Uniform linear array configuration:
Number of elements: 48
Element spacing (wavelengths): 0.75
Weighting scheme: kaiser
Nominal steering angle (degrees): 0
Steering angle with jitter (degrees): -0.131
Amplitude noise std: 0.05
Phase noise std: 0.05

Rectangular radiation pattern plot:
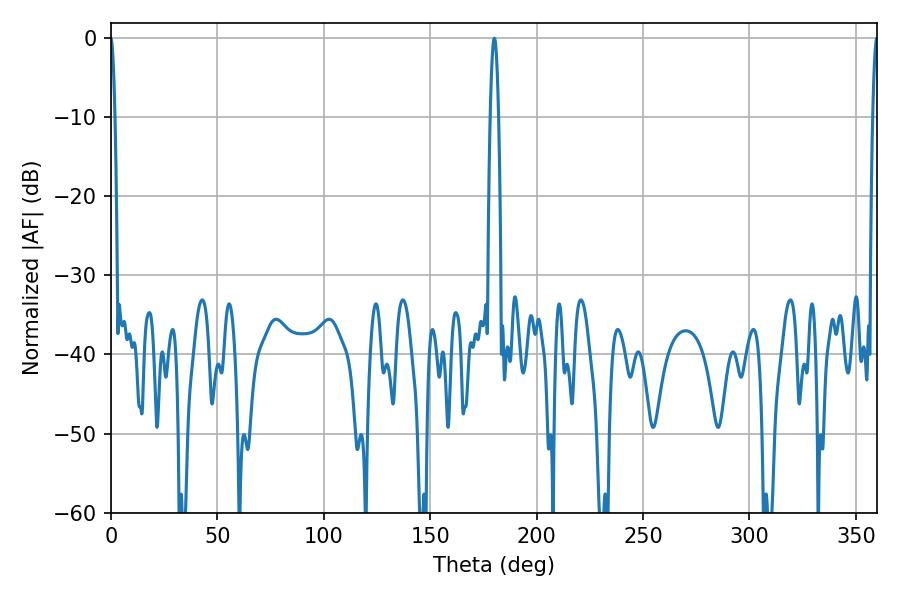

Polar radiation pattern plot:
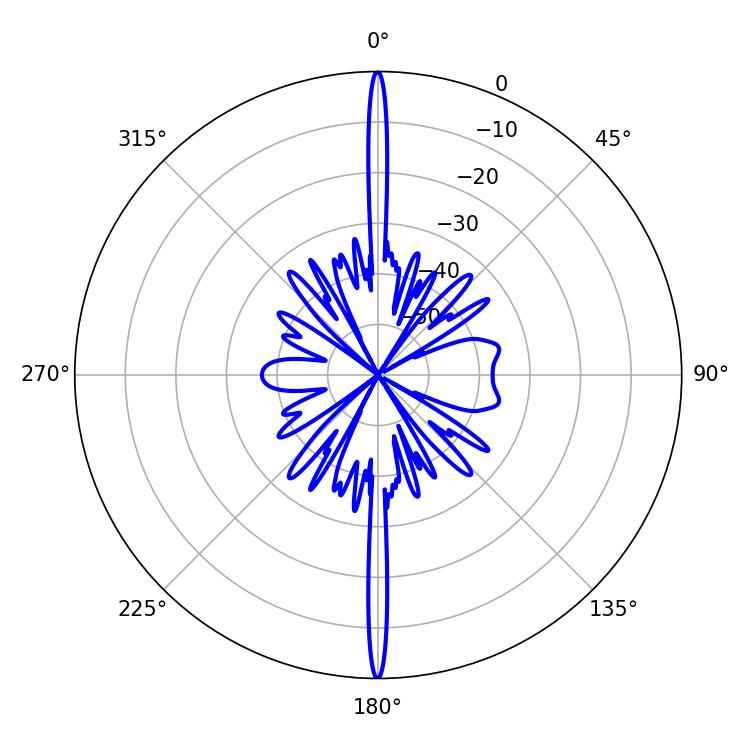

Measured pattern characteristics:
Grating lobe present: TRUE
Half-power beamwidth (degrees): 1.26
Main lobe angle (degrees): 359.82